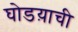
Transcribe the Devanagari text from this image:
घोडय़ाची